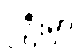
၂ဦးမှာ